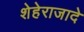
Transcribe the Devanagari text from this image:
शेहेराजादे